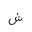
Letter: _shin